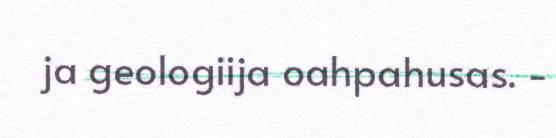
ja geologiija oahpahusas. -